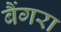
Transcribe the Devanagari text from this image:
बैंगरा